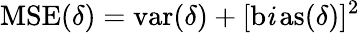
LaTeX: \operatorname{MSE}(\delta)=\operatorname{var}(\delta)+[\operatorname{b\mathit{i}as}(\delta)]^{2}